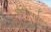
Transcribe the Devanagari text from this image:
औषधिपर्वत